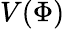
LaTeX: V(\Phi)